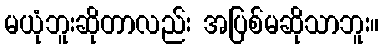
မယုံဘူးဆိုတာလည်း အပြစ်မဆိုသာဘူး။